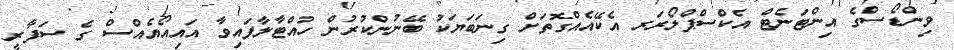
ވިންޑޯސްގެ އިންޓަނެޓް އެކްސްޕްލޯރަރ އެކޭއެއްގޮތަށް ގިނަބަޔަކު ބޭނުންކުރުން ހުއްޓާލާފައިވާ އައިއޯއެއްސް ގެ ސަފާރީ